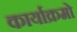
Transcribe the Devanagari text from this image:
कार्याक्रमो